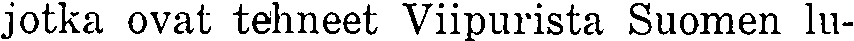
jotka ovat tehneet Viipurista Suomen lu-